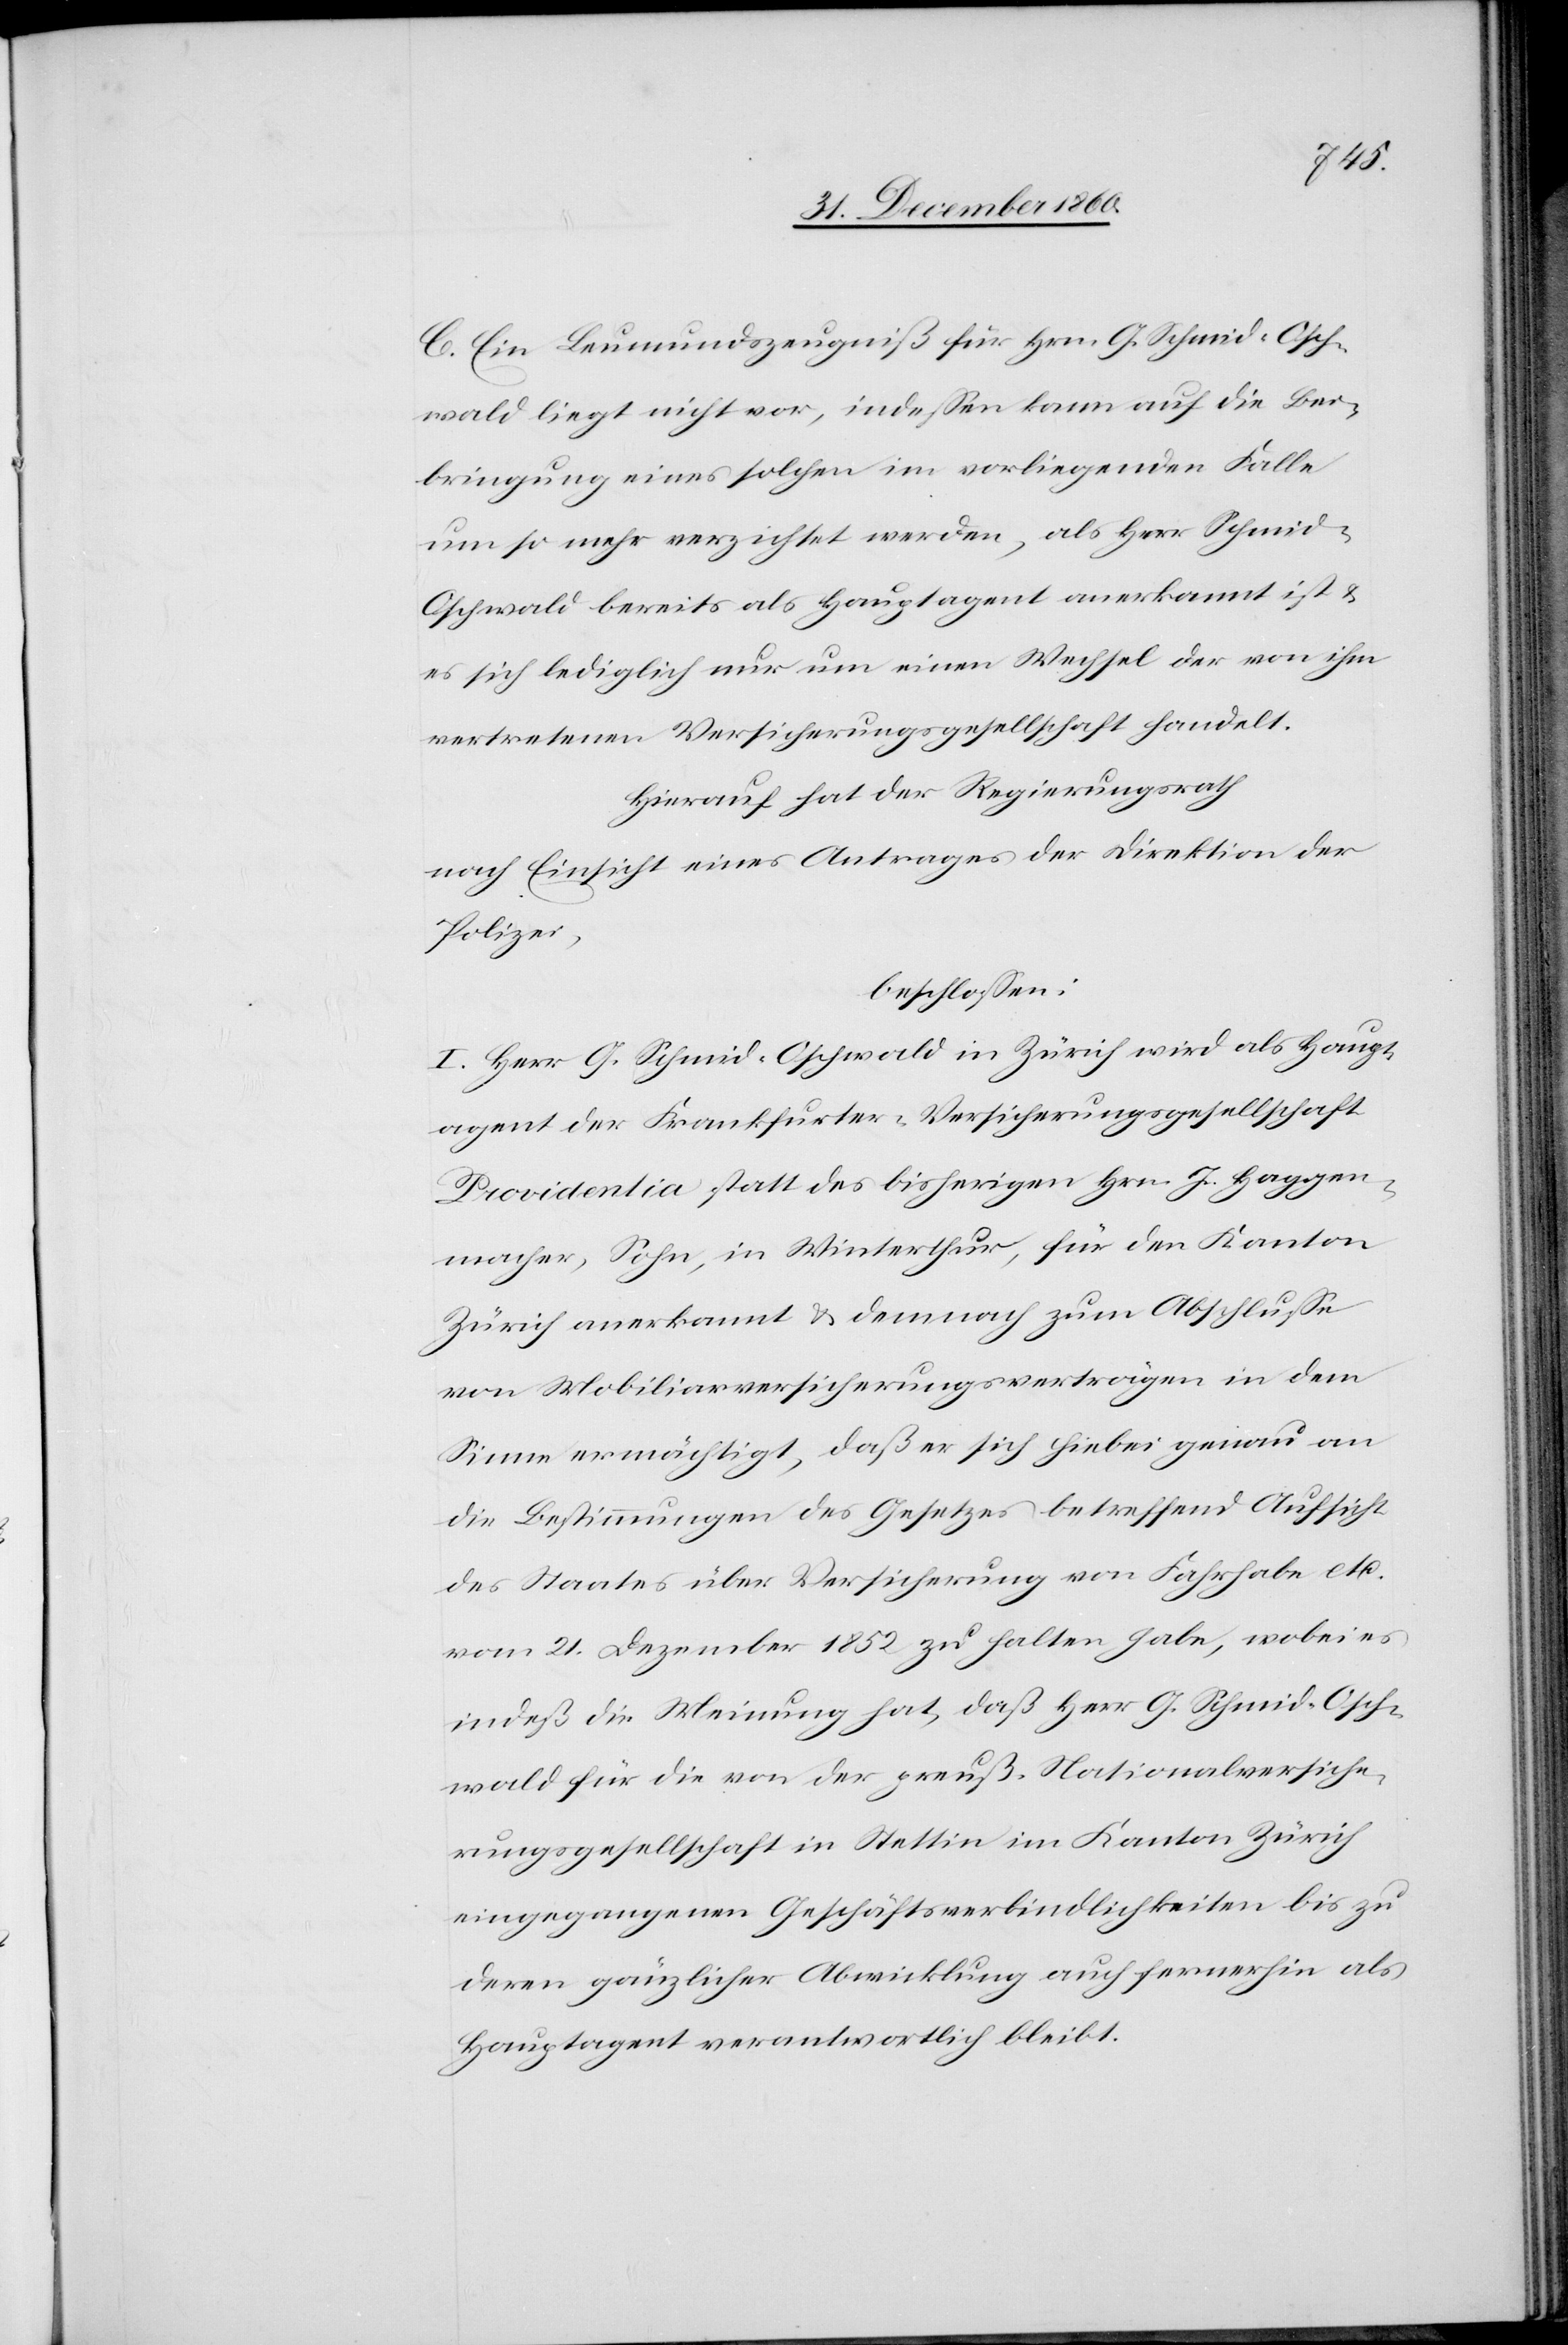
C. Ein Leumundszeugniß für Hrn. G. Schmid-Oschen¬
wald liegt nicht vor, indessen kann auf die Bei¬
bringung eines solchen im vorliegenden Falle
um so mehr verzichtet werden, als Herr Schmid-O¬
schwald bereits als Hauptagent anerkannt ist u.
es sich lediglich nur um einen Wechsel der von ihm
vertretenen Versicherungsgesellschaft handelt.
Hierauf hat der Regierungsrath
nach Einsicht eines Antrages der Direktion der
Polizei,
beschlossen:
I. Herr G. Schmid-Oschwald in Zürich wird als Haupt¬
agent der Frankfurter-Versicherungsgesellschaft
Providentia statt des bisherigen Hrn. J. Haggen¬
macher, Sohn, in Winterthur, für den Kanton
Zürich anerkannt u. demnach zum Abschlusse
von Mobiliarversicherungsverträgen in dem
Sinne ermächtigt, daß er sich hiebei genau an
die Bestimmungen des Gesetzes betreffend Aufsicht
des Staates über Versicherung von Fahrhabe etc.
vom 21. Dezember 1852 zu halten habe, wobei es
indeß die Meinung hat, daß Herr G. Schmid-Oschen¬
wald für die von der preuß. Nationalversiche¬
rungsgesellschaft in Stettin im Kanton Zürich
eingegangenen Geschäftsverbindlichkeiten bis zu
deren gänzlichen Abwirkung auch fernerhin als
Hauptagent verantwortlich bleibt.